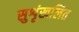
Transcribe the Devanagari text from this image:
सुशृंखलित